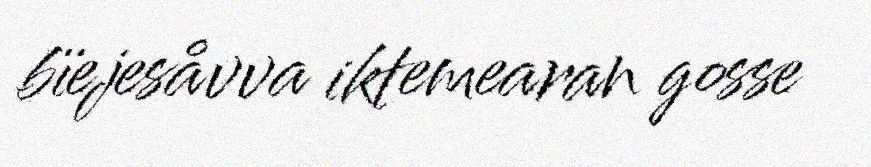
bïejesåvva iktemearan gosse